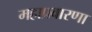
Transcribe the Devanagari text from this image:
महाप्रवारणा